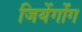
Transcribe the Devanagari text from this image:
जियेंगोंग